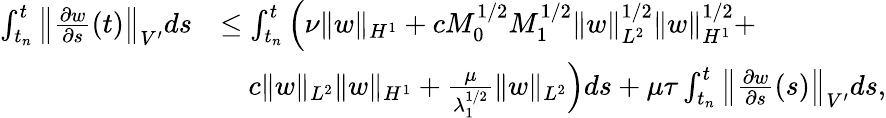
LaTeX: \begin{array}{rl}{\int_{t_{n}}^{t}\left\| \frac{\partial w}{\partial s}(t)\right\| _{V^{\prime}}ds}&{\leq\int_{t_{n}}^{t}\Big(\nu\| w\| _{H^{1}}+cM_{0}^{1/2}M_{1}^{1/2}\| w\| _{L^{2}}^{1/2}\| w\| _{H^{1}}^{1/2}\Big.+}\\ &{\quad\Big.c\| w\| _{L^{2}}\| w\| _{H^{1}}+\frac{\mu}{\lambda_{1}^{1/2}}\| w\| _{L^{2}}\Big)ds+\mu\tau\int_{t_{n}}^{t}\left\| \frac{\partial w}{\partial s}(s)\right\| _{V^{\prime}}ds,}\end{array}